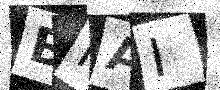
Text: BHAI